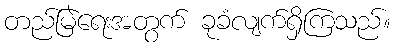
တည်မြဲရေးအတွက် ခုခံလျက်ရှိကြသည်။